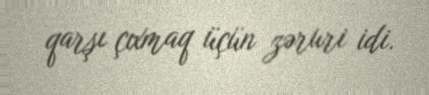
qarşı çıxmaq üçün zəruri idi.